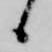
候